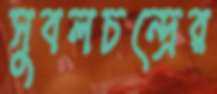
সুবলচন্দ্রের